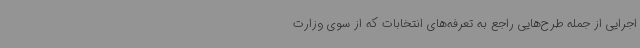
اجرایی از جمله طرح‌هایی راجع به تعرفه‌های انتخابات که از سوی وزارت